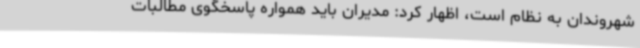
شهروندان به نظام است، اظهار کرد: مدیران باید همواره پاسخگوی مطالبات